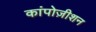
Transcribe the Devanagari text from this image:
कांपोज़ीशन